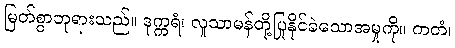
မြတ်စွာဘုရားသည်။ ဒုက္ကရံ၊ လူသာမန်တို့ပြုနိုင်ခဲသောအမှုကို။ ကတံ၊